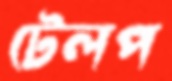
টেলপ